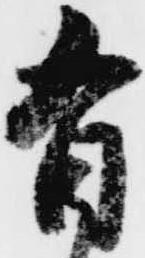
有